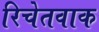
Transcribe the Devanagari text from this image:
रिचेतवाक